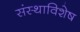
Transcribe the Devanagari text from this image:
संस्थाविशेष